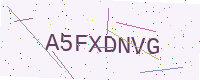
Text: A5FXDNVG